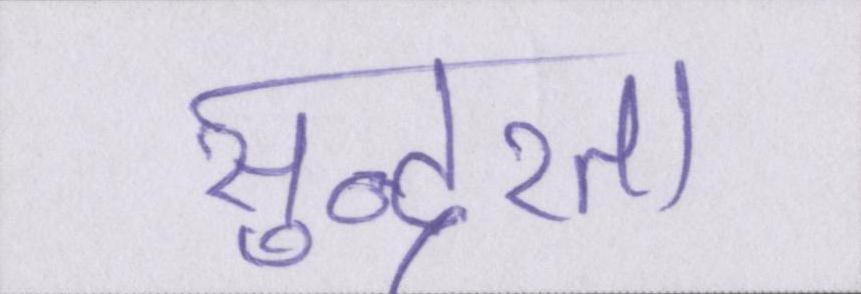
सुन्दरता